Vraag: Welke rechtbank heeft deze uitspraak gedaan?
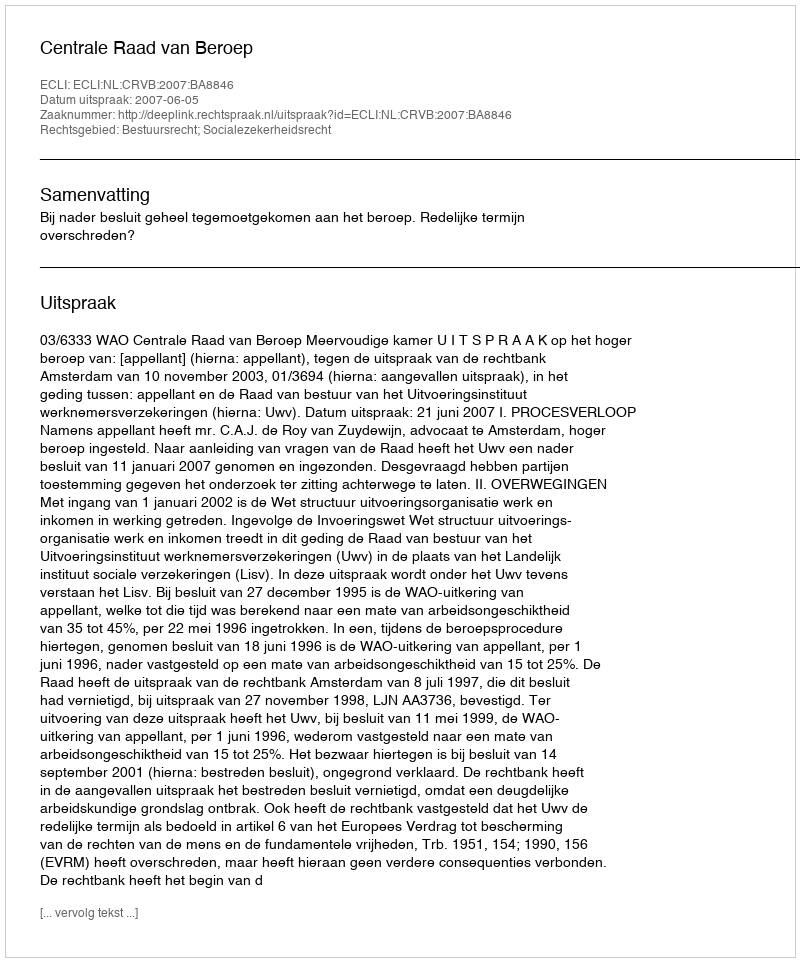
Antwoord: Centrale Raad van Beroep